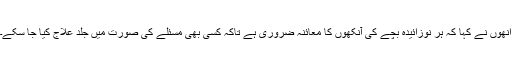
انھوں نے کہا کہ ہر نوزائیدہ بچے کی آنکھوں کا معائنہ ضروری ہے تاکہ کسی بھی مسئلے کی صورت میں جلد علاج کیا جا سکے۔